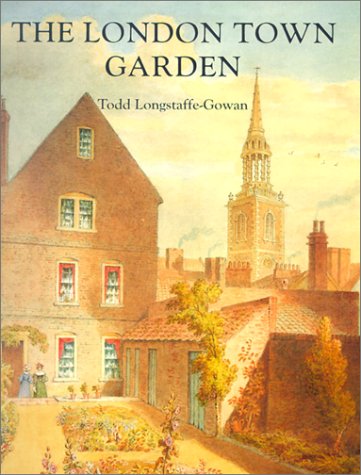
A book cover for The London Town Garden, 1700-1840; Todd Longstaffe-Gowan; Crafts, Hobbies & Home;